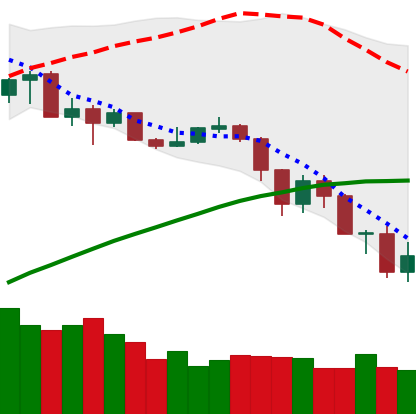
Ticker: ADA-USD
Chart end date: 2019-07-17
Forward return: 7.652%
Label: up_7plus